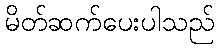
မိတ်ဆက်ပေးပါသည်